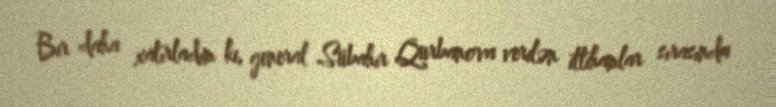
Bir daha xatırladım ki, general Sübahir Qurbanova verilən ittihamlar sırasında